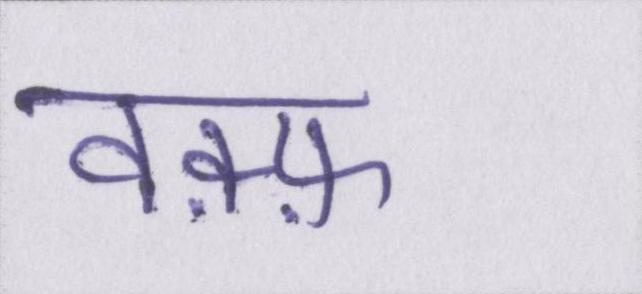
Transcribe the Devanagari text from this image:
वक़्फ़